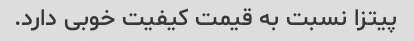
پیتزا نسبت به قیمت کیفیت خوبی دارد.